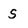
Character: s